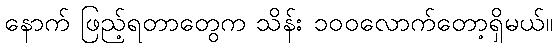
နောက် ဖြည့်ရတာတွေက သိန်း ၁၀၀လောက်တော့ရှိမယ်။